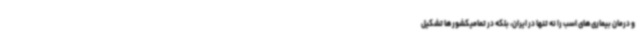
و درمان بیماری‌های اسب را نه تنها در ایران، بلکه در تمامیکشورها تشکیل